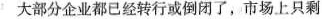
大部分企业都已经转行或倒闭了，市场上只剩